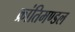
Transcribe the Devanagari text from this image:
क्रांतिमण्डल